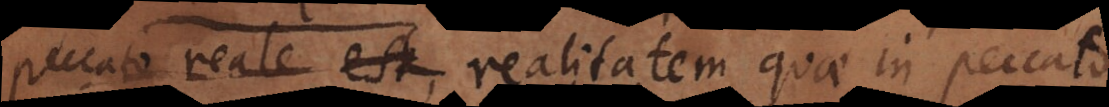
peccato reale est, realitatem quae in peccato